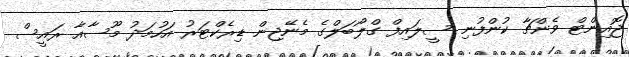
ޖޮއިންޓް ވެންޗާ ކުންފުނި ސީލައިފް ގްލޯބަލްގެ މެނޭޖިން ޑިރެކްޓަރު އަހުމަދު މޫސާއާ ރައީސް